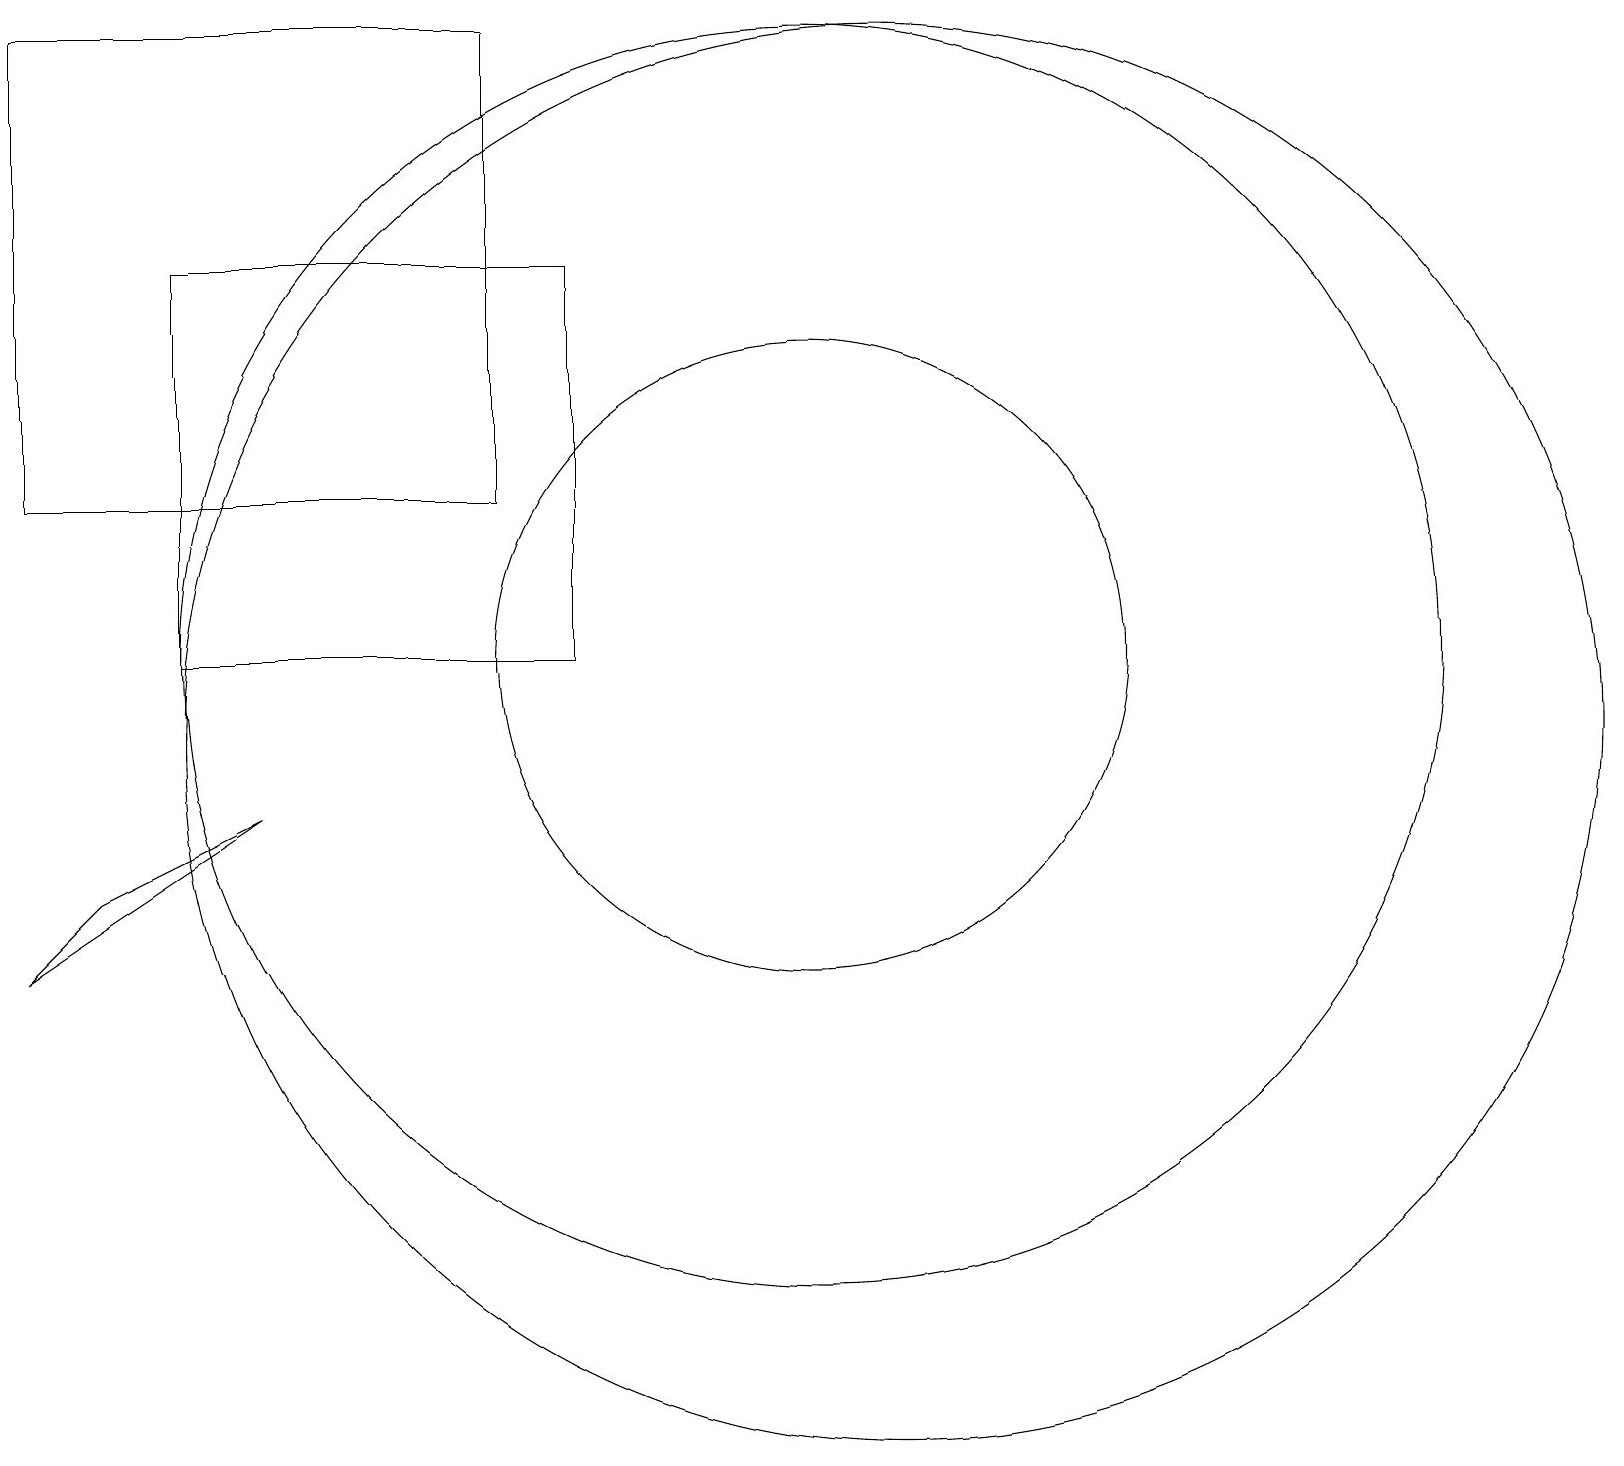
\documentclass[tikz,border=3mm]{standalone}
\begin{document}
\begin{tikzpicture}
\draw (11,11) circle (8);
\draw (1,13) rectangle (7,19);
\draw (12,10) circle (9);
\draw (1,7) -- (4,9) -- (2,8) -- cycle;
\draw (3,16) rectangle (8,11);
\draw (11,11) circle (4);
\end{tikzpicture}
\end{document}